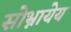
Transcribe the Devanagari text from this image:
सोभ्नायेय